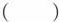
()